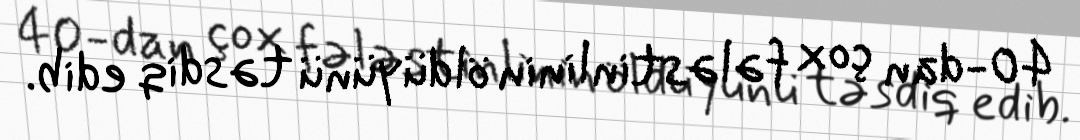
40-dan çox fələstinlinin öldüyünü təsdiq edib.